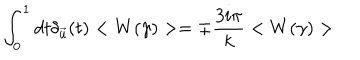
\int _ { 0 } ^ { 1 } d t \delta _ { \vec { u } } ( t ) < W ( \gamma ) > = \mp { \frac { 3 i \pi } { k } } < W ( \gamma ) >